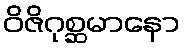
ဝိဇိဂုစ္ဆမာနော